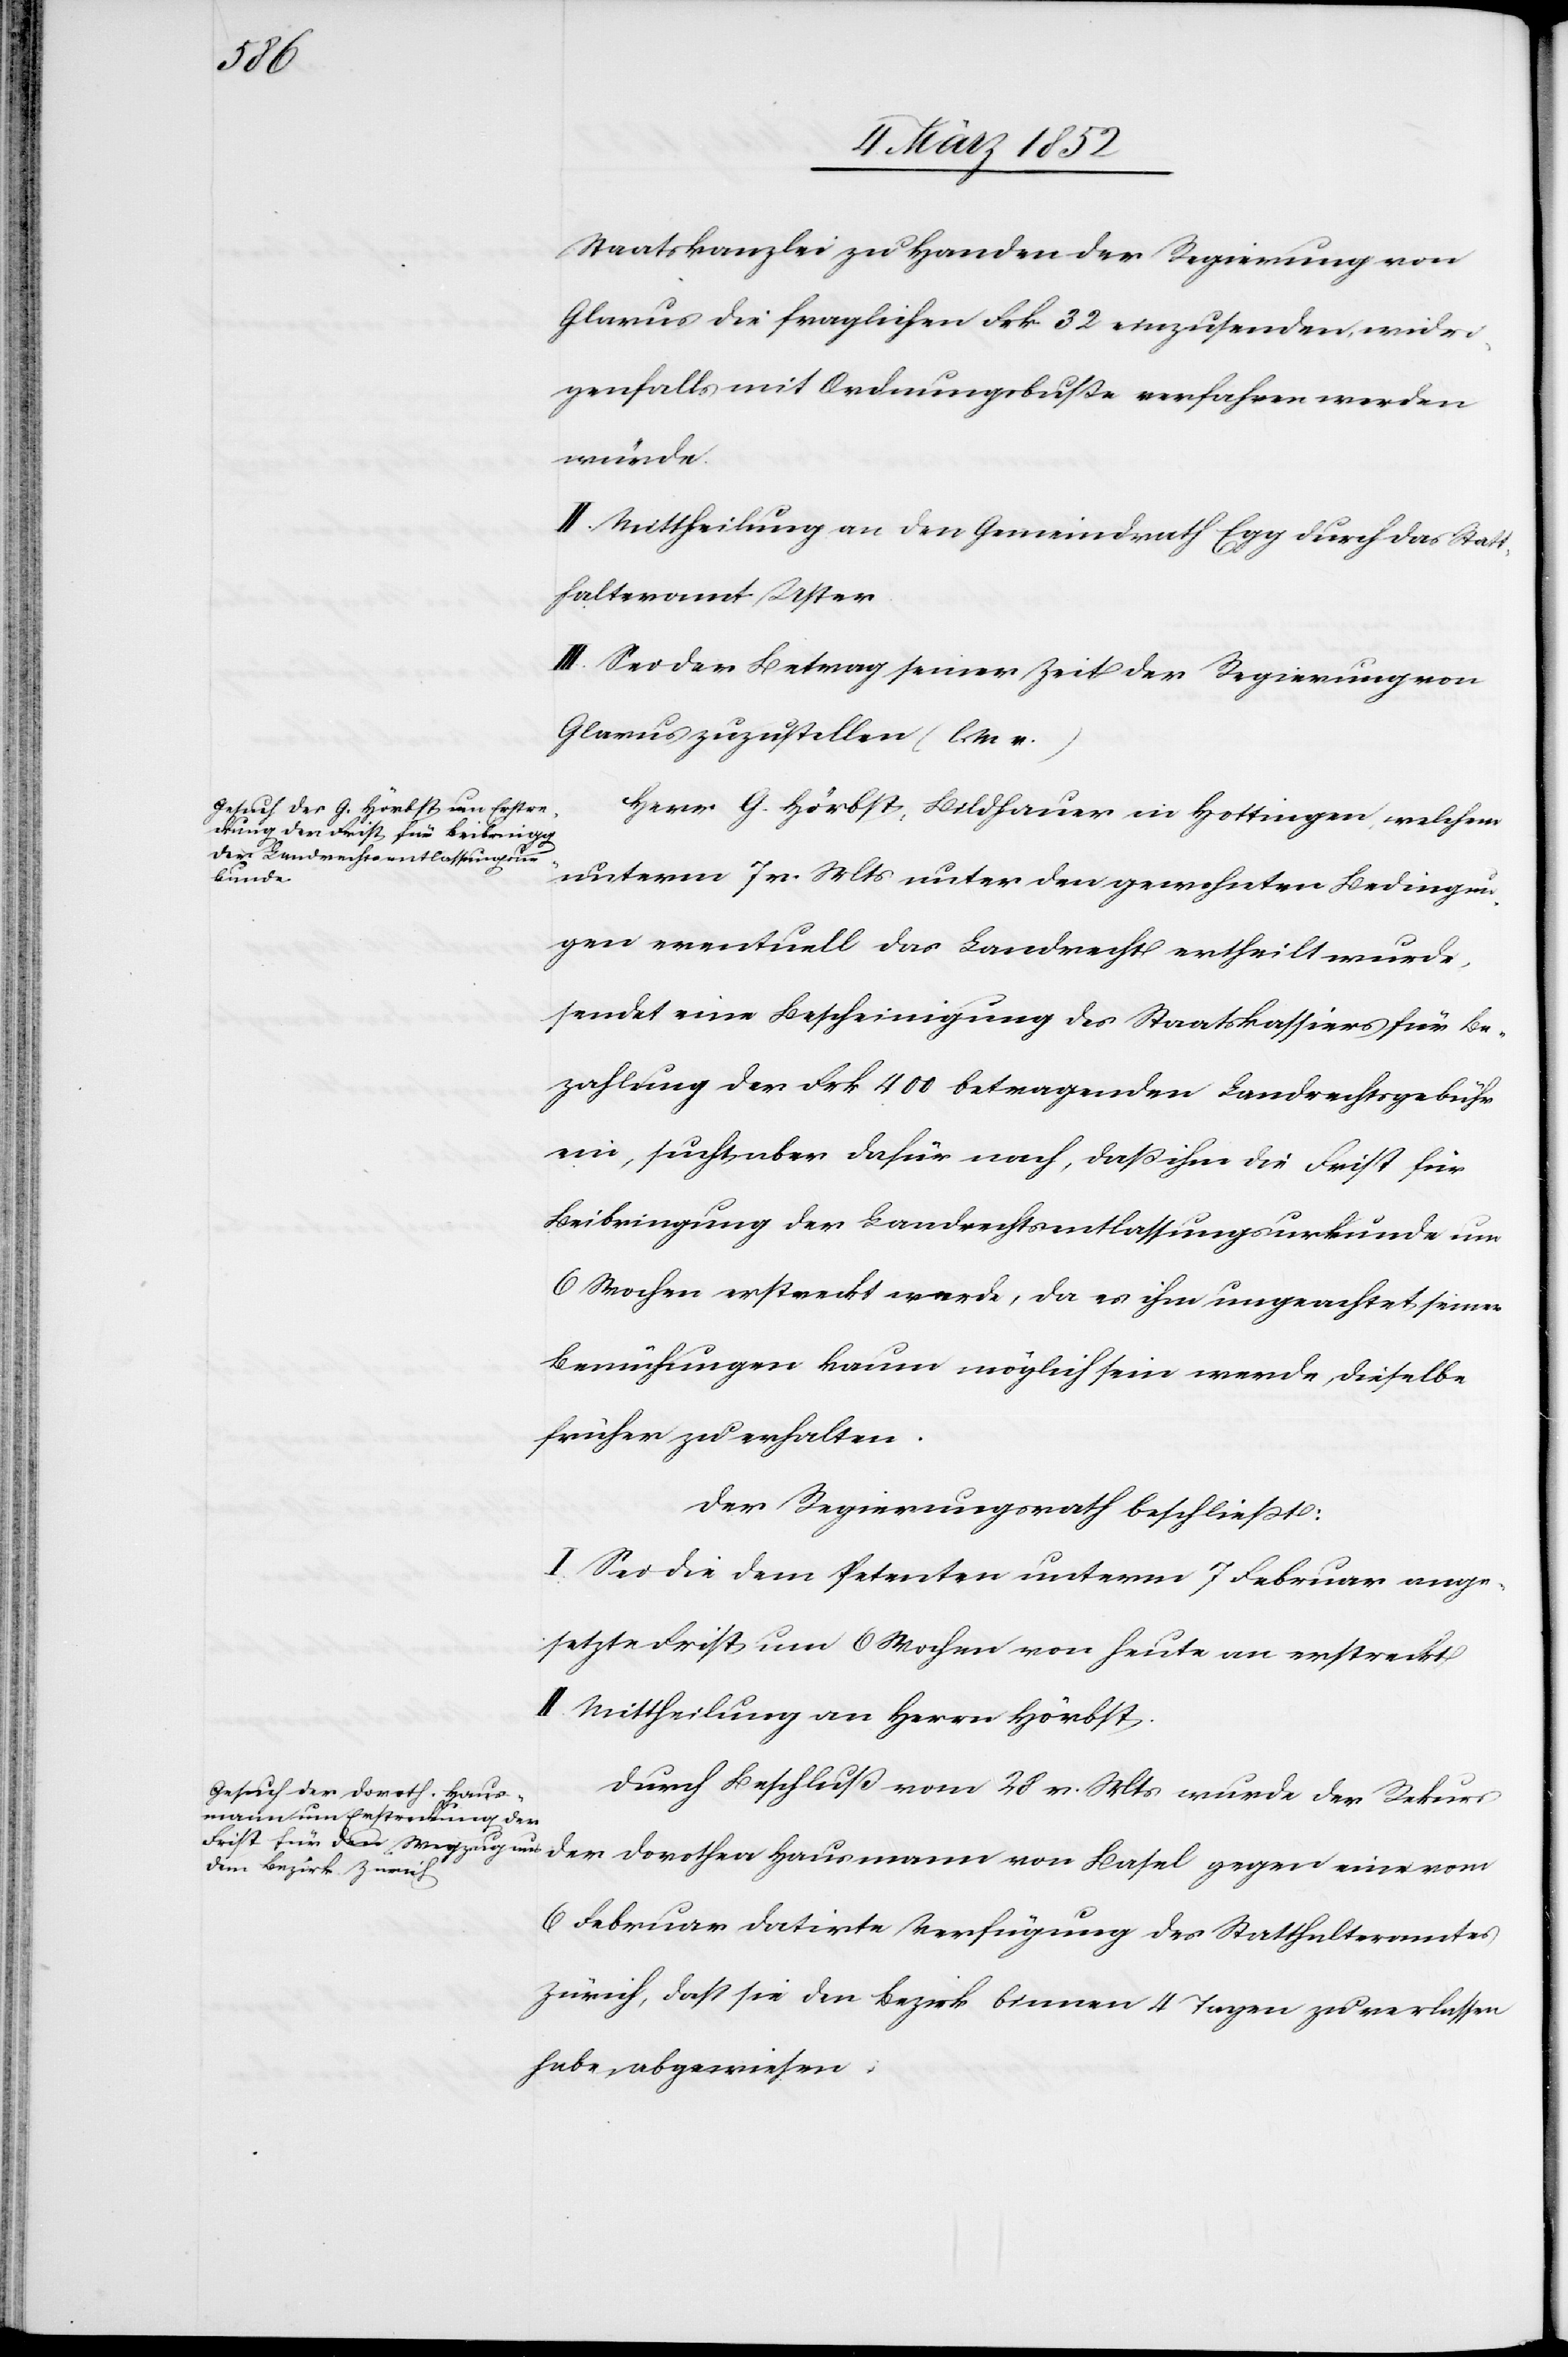
Staatskanzlei zu Handen der Regierung von
Glarus die fraglichen Frk. 32 einzusenden, widri¬
genfalls mit Ordnungsbuße verfahren werden
würde.
II. Mittheilung an den Gemeindrath Egg durch das Statt¬
halteramt Uster.
III. Sei der Betrag seiner Zeit der Regierung von
Glarus zuzustellen (l. M v.)
Herr G. Hörbst, Bildhauer in Hottingen, welchem
unterm 7 v. Mts unter den gewohnten Bedingun¬
gen eventuell das Landrecht ertheilt wurde,
sendet eine Bescheinigung des Staatskassiers für Be¬
zahlung der Frk. 400 betragenden Landrechtsgebühr
ein, sucht aber dafür nach, daß ihm die Frist für
Beibringung der Landrechtsentlassungsurkunde um
6 Wochen erstreckt werde, da es ihm ungeachtet seiner
Bemühungen kaum möglich sein werde, dieselbe
früher zu erhalten.
Der Regierungsrath beschließt:
I. Sei die dem Petenten unterm 7 Februar ange¬
setzte Frist um 6 Wochen von heute an erstreckt.
II. Mittheilung an Herrn Hörbst.
Durch Beschluß vom 28 v. Mts wurde der Rekurs
6 Februar datirte Verfügung des Statthalteramtes
Zürich, daß sie den Bezirk binnen 4 Tagen zu verlassen
habe, abgewiesen.